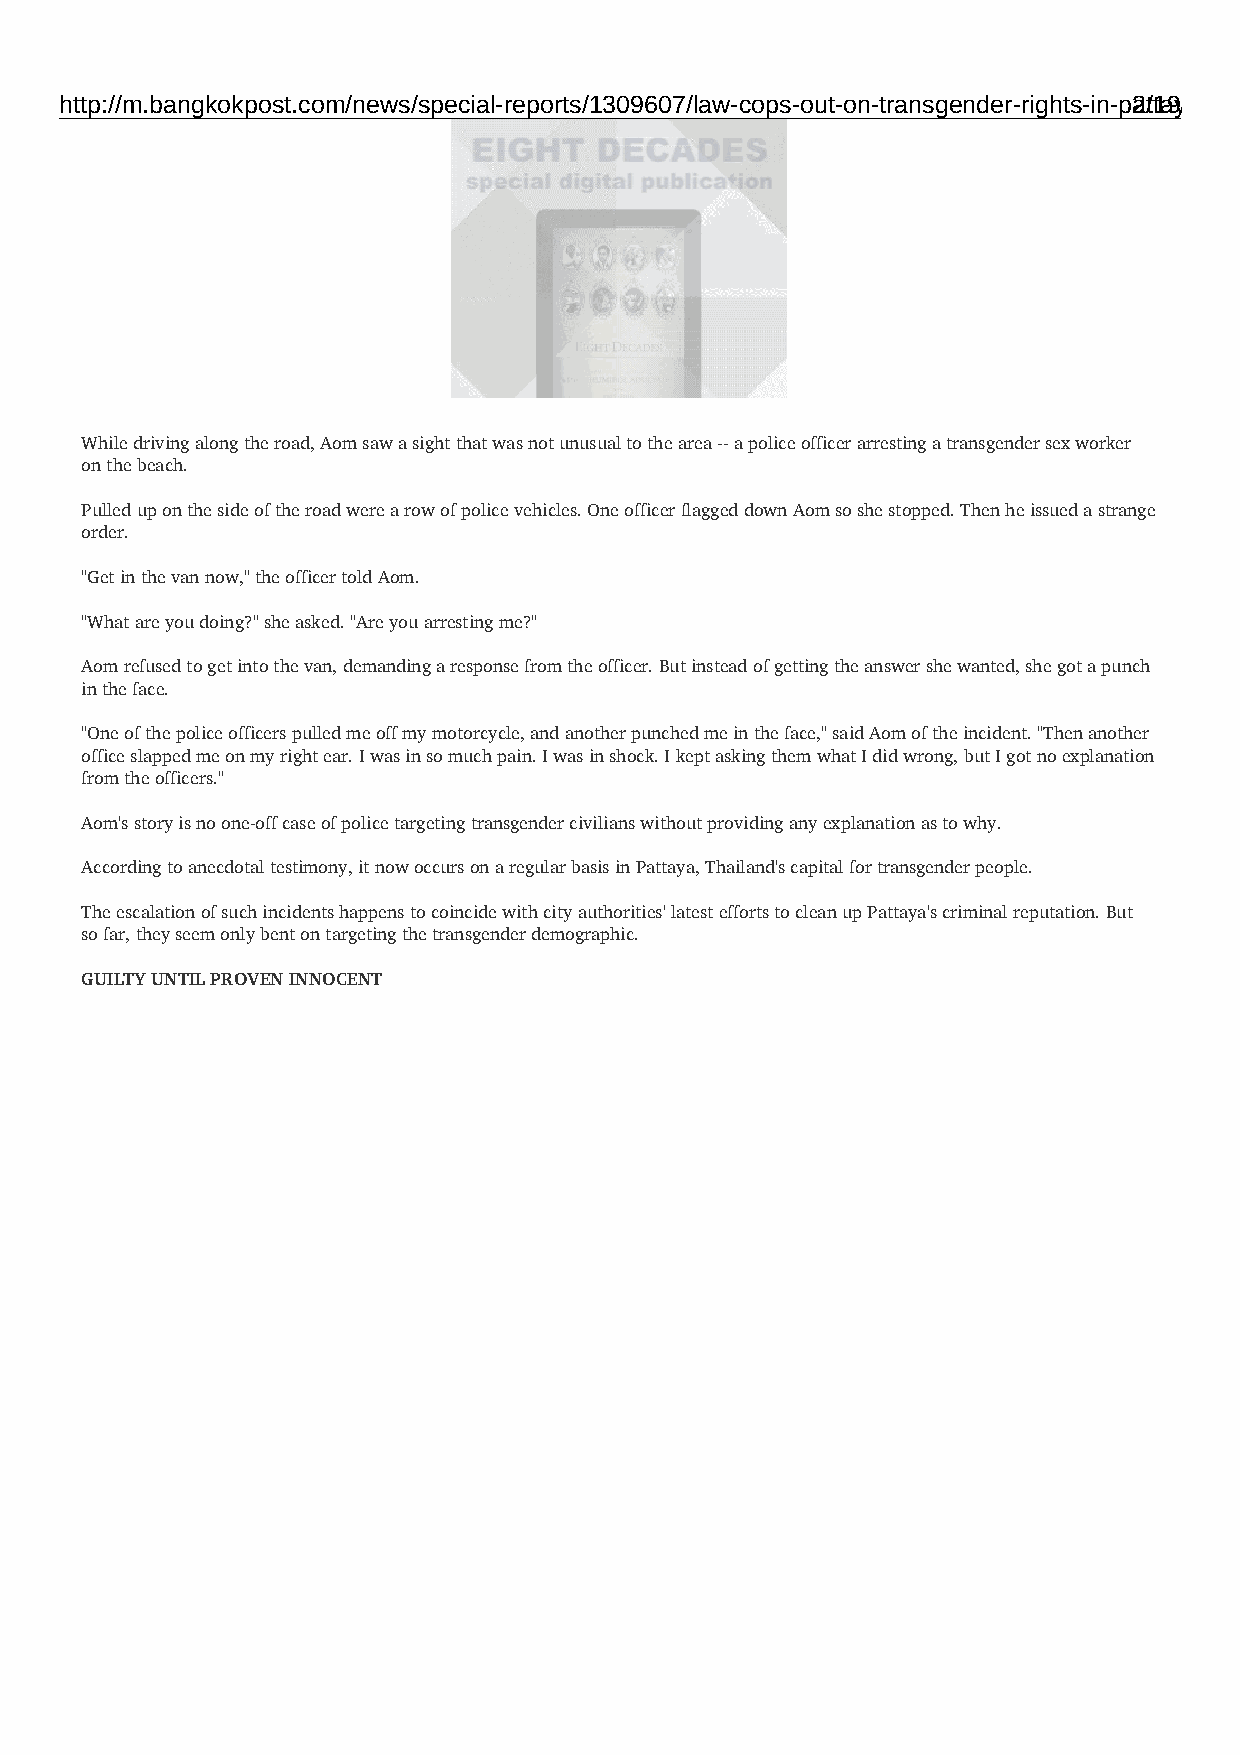
http://m.bangkokpost.com/news/special-reports/1309607/law-cops-out-on-transgender-rights-in-pa2t/t1a9ya
 While driving along the road, Aom saw a sight that was not unusual to the area -- a police officer arresting a transgender sex worker
 on the beach.
 Pulled up on the side of the road were a row of police vehicles. One officer flagged down Aom so she stopped. Then he issued a strange
 order.
 "Get in the van now," the officer told Aom.
 "What are you doing?" she asked. "Are you arresting me?"
 Aom refused to get into the van, demanding a response from the officer. But instead of getting the answer she wanted, she got a punch
 in the face.
 "One of the police officers pulled me off my motorcycle, and another punched me in the face," said Aom of the incident. "Then another
 office slapped me on my right ear. I was in so much pain. I was in shock. I kept asking them what I did wrong, but I got no explanation
 from the officers."
 Aom's story is no one-off case of police targeting transgender civilians without providing any explanation as to why.
 According to anecdotal testimony, it now occurs on a regular basis in Pattaya, Thailand's capital for transgender people.
 The escalation of such incidents happens to coincide with city authorities' latest efforts to clean up Pattaya's criminal reputation. But
 so far, they seem only bent on targeting the transgender demographic.
 GUILTY UNTIL PROVEN INNOCENT